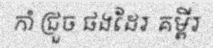
កាំ ជ្រួច ផងដែរ គម្ពីរ